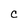
Character: C